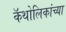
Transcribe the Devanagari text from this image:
कॅथोलिकांच्या